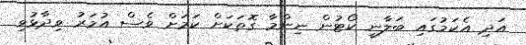
އަދި އެކަމުގައި ބަލާނީ ކޯޓުން ނިންމާ ގޮތަކަށް ކަމަށް ވެސް އުމަރު ވިދާޅުވި